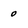
Character: 0